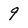
Character: 9